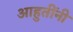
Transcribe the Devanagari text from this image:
आहुतींनी